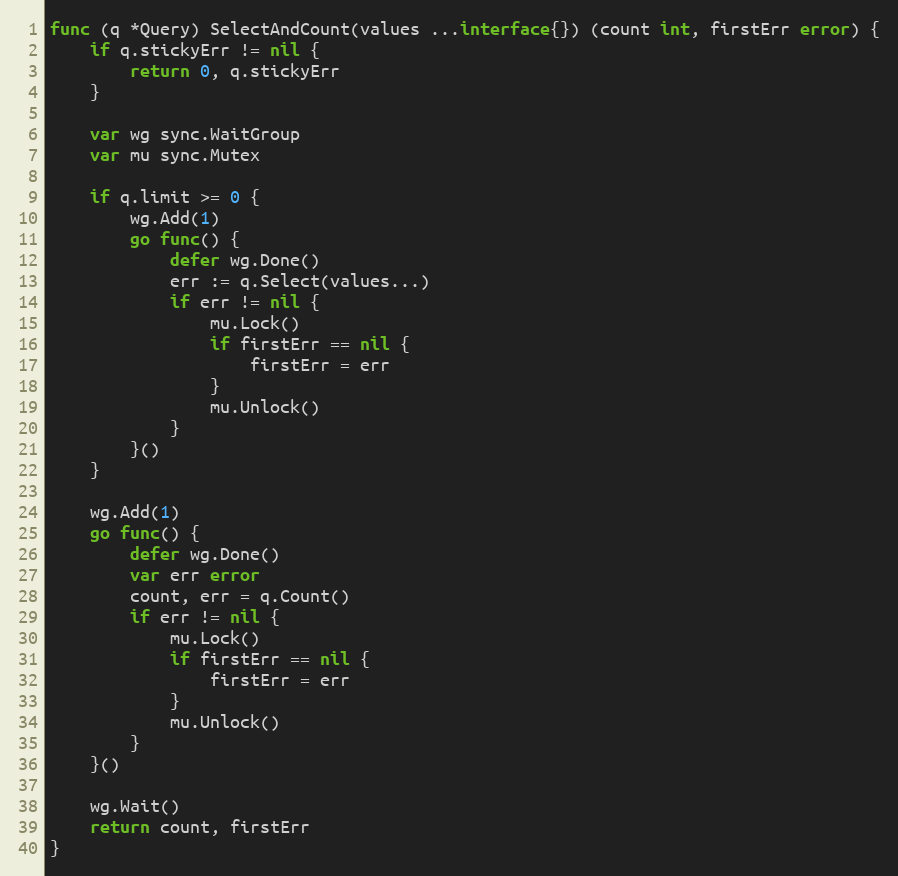
Language: Go
func (q *Query) SelectAndCount(values ...interface{}) (count int, firstErr error) {
	if q.stickyErr != nil {
		return 0, q.stickyErr
	}

	var wg sync.WaitGroup
	var mu sync.Mutex

	if q.limit >= 0 {
		wg.Add(1)
		go func() {
			defer wg.Done()
			err := q.Select(values...)
			if err != nil {
				mu.Lock()
				if firstErr == nil {
					firstErr = err
				}
				mu.Unlock()
			}
		}()
	}

	wg.Add(1)
	go func() {
		defer wg.Done()
		var err error
		count, err = q.Count()
		if err != nil {
			mu.Lock()
			if firstErr == nil {
				firstErr = err
			}
			mu.Unlock()
		}
	}()

	wg.Wait()
	return count, firstErr
}